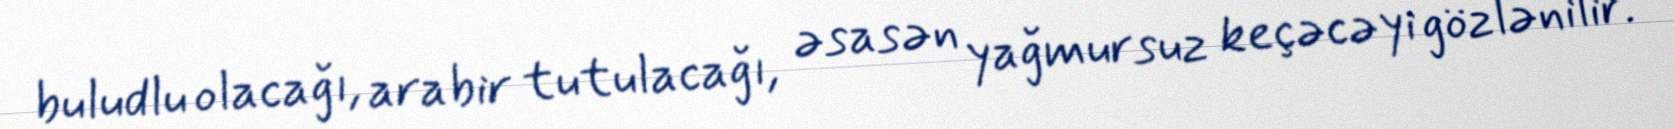
buludlu olacağı, arabir tutulacağı, əsasən yağmursuz keçəcəyi gözlənilir.